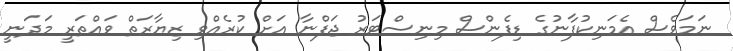
ނަމަވެސް އެމަނިކުފާނުގެ ޑިފެންސް މިނިސްޓަރު ޖަފްނާ އަށް ކުރެއްވި ޒިޔާރަތް ވައްތަރީ މަދަނީ